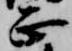
正